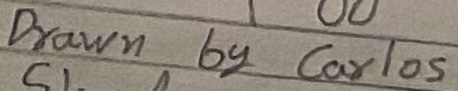
Text: Drawn by Carlos